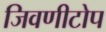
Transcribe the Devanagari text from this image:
जिवणीटोप